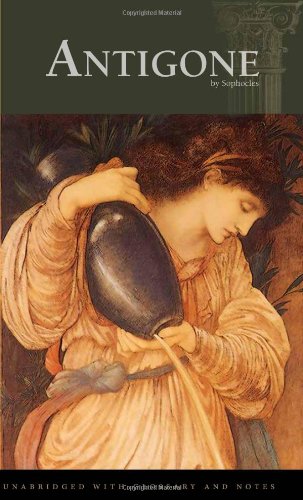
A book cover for Antigone; Sophocles; Literature & Fiction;